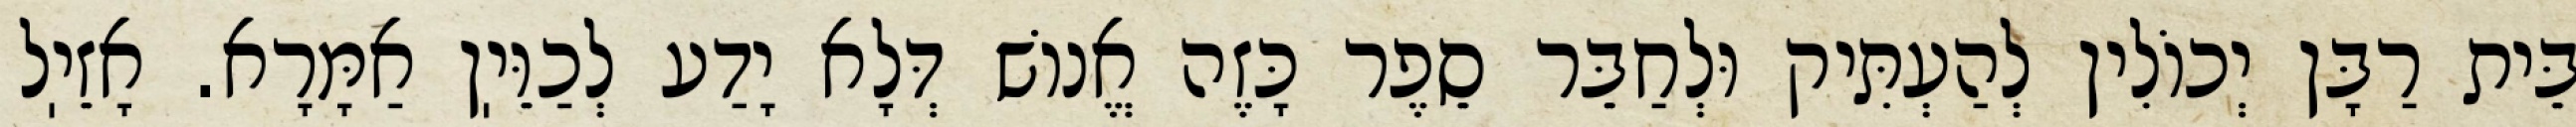
בֵּית רַבָּן יְכוֹלִין לְהַעְתִּיק וּלְחַבֵּר סֵפֶר כָּזֶה אֱנוֹשׁ דְּלָא יָדַע לְכַוֵּיֽן אַמָּרָא. אָזֵיֽל